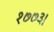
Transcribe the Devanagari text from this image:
१७७३।